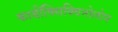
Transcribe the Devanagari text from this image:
कार्बॉक्सिक्विनोलोन